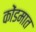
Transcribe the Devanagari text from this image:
कोंडमात